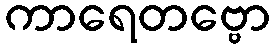
ကာရေတဗ္ဗော